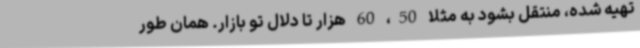
تهیه شده، منتقل بشود به مثلا 50، 60 هزار تا دلال تو بازار. همان طور